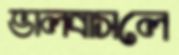
ভালবাসলে